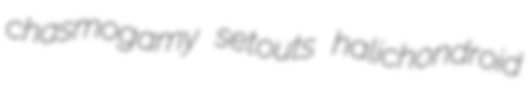
chasmogamy setouts halichondroid